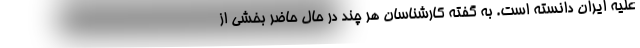
علیه ایران دانسته است. به گفته کارشناسان هر چند در حال حاضر بخشی از